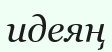
идеяң